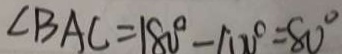
\angle B A C = 1 8 0 ^ { \circ } - 1 0 0 ^ { \circ } = 8 0 ^ { \circ }